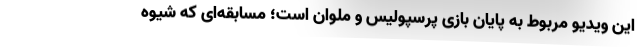
این ویدیو مربوط به پایان بازی پرسپولیس و ملوان است؛ مسابقه‌ای که شیوه